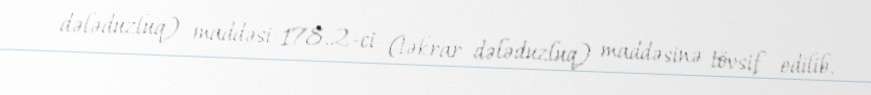
dələduzluq) maddəsi 178.2-ci (təkrar dələduzluq) maddəsinə tövsif edilib.